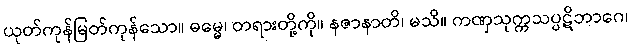
ယုတ်ကုန်မြတ်ကုန်သော။ ဓမ္မေ၊ တရားတို့ကို။ နဇာနာတိ၊ မသိ။ ကဏှသုက္ကသပ္ပဋိဘာဂေ၊